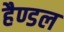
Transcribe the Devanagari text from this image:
हैण्डल